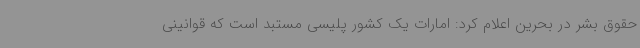
حقوق بشر در بحرین اعلام کرد: امارات یک کشور پلیسی مستبد است که قوانینی